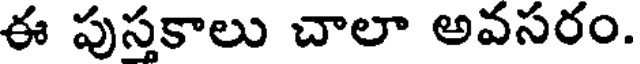
ఈ పుస్తకాలు చాలా అవసరం.